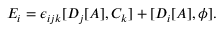
E _ { i } = \epsilon _ { i j k } [ D _ { j } [ A ] , C _ { k } ] + [ D _ { i } [ A ] , \phi ] .